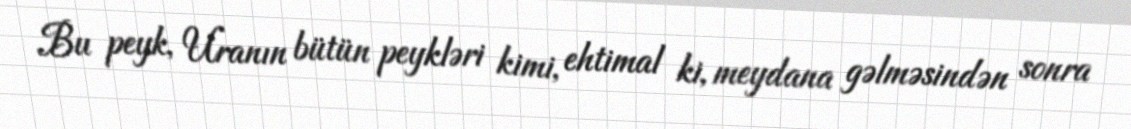
Bu peyk, Uranın bütün peykləri kimi, ehtimal ki, meydana gəlməsindən sonra